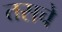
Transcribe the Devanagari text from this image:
तसचे